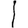
Digit: 1